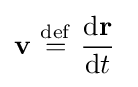
\mathbf {v} \ {\stackrel {\mathrm {def} }{=}}\ {\frac {\mathrm {d} \mathbf {r} }{\mathrm {d} t}}\